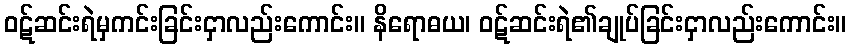
ဝဋ်ဆင်းရဲမှကင်းခြင်းငှာလည်းကောင်း။ နိရောဓယ၊ ဝဋ်ဆင်းရဲ၏ချုပ်ခြင်းငှာလည်းကောင်း။